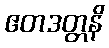
ဧတဒတ္တနိ